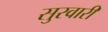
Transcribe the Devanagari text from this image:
सुरवारी